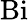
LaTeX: \mathrm{Bi}